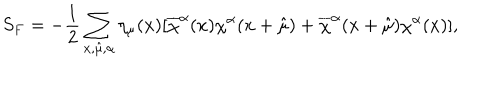
LaTeX: S _ { F } = - \frac { 1 } { 2 } \sum _ { x , \hat { \mu } , \alpha } \eta _ { \mu } ( x ) [ \overline { { { \chi } } } ^ { \alpha } ( x ) \chi ^ { \alpha } ( x + \hat { \mu } ) + \overline { { { \chi } } } ^ { \alpha } ( x + \hat { \mu } ) \chi ^ { \alpha } ( x ) ] ,